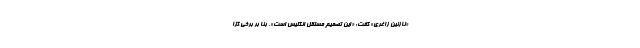
«نازنین زاغری» گفت: «این تصمیم مستقل انگلیس است». بنا بر برخی گزا